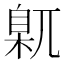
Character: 𡰈